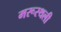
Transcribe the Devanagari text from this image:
मरूस्थली